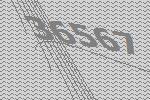
36567